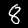
Digit: 8